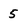
Character: 5